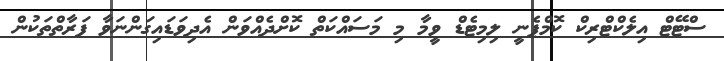
ސްޓޭޓް އިލެކްޓްރިކް ކޮމްޕެނީ ލިމިޓެޑް ވީމާ މި މަސައްކަތް ކޮށްދެއްވަން އެދިވަޑައިގަންނަވާ ފަރާތްތަކުން